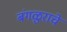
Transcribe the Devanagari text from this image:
बंगळुराचे